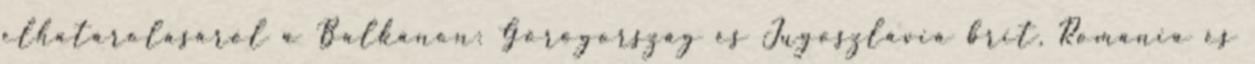
elhatárolásáról a Balkánon: Görögország és Jugoszlávia brit, Románia és